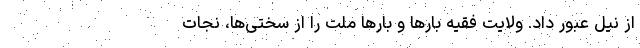
از نیل عبور داد. ولایت فقیه بارها و بارها ملت را از سختی‌ها، نجات